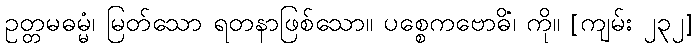
ဥတ္တမဓမ္မံ၊ မြတ်သော ရတနာဖြစ်သော။ ပစ္စေကဗောဓိံ၊ ကို။ [ကျမ်း ၂၃၂]